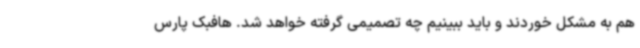
هم به مشکل خوردند و باید ببینیم چه تصمیمی گرفته خواهد شد. هافبک پارس